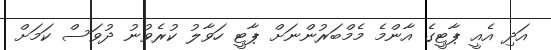
އަދި އެއީ ޕާޓީގެ އާންމެ މެމްބަރުންނަށް ޕާޓީ ހަވާލު ކުރެވުނު ދުވަސް ކަމަށް